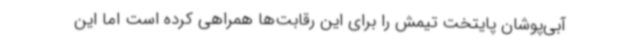
آبی‌پوشان پایتخت تیمش را برای این رقابت‌ها همراهی کرده است اما این